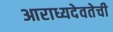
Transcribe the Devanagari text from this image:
आराध्यदेवतेची